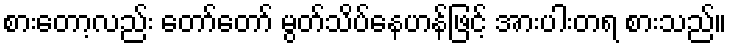
စားတော့လည်း တော်တော် မွတ်သိပ်နေဟန်ဖြင့် အားပါးတရ စားသည်။